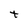
Character: t